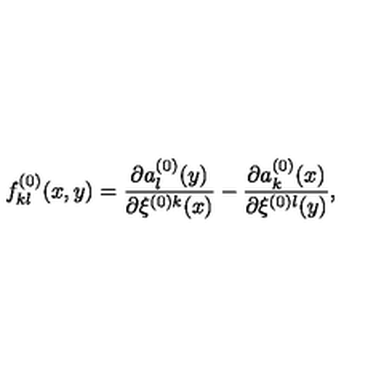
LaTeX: f _ { k l } ^ { ( 0 ) } ( x , y ) = \frac { \partial a _ { l } ^ { ( 0 ) } ( y ) } { \partial \xi ^ { ( 0 ) k } ( x ) } - \frac { \partial a _ { k } ^ { ( 0 ) } ( x ) } { \partial \xi ^ { ( 0 ) l } ( y ) } ,